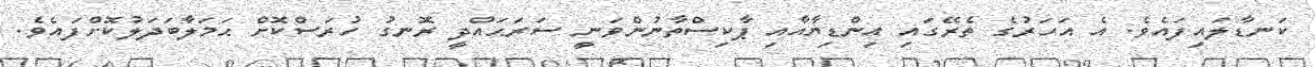
ކަނޑާލައިފައެވެ. އެ އަހަރުގެ ތެރޭގައި އިންޑިޔާއާއި ޕާކިސްތާނުންވަނީ ސަރަޙައްދީ ރޮނގު ހުރަސްކޮށް ޙަމަލާބަދަލުކޮށްފައެވެ.